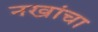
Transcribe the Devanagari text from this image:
नखांचा